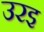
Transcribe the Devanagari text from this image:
उरइ